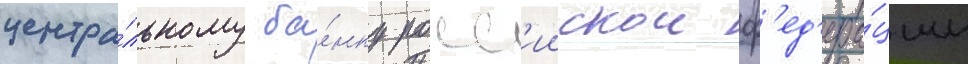
центра́льному ба́нку росс'иискои ф'ед'ера́ции